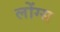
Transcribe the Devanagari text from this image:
लोंग्स